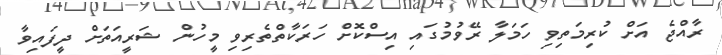
ރާއްޖެ އަށް ކުރިމަތިވި ހަމަލާ ރޭވުމުގައި އިސްކޮށް ހަރަކާތްތެރިވި މީހުން ޝަރީއަތަށް ދީފައިވާ